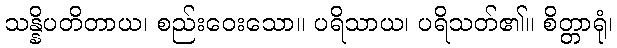
သန္နိပတိတာယ၊ စည်းဝေးသော။ ပရိသာယ၊ ပရိသတ်၏။ စိတ္တာရုံ၊